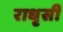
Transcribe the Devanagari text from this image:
राधृसी